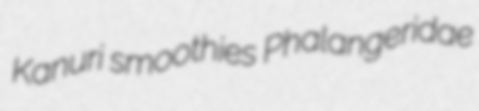
Kanuri smoothies Phalangeridae